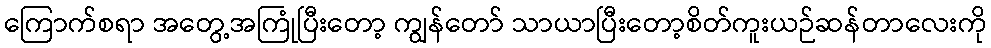
ကြောက်စရာ အတွေ့အကြုံပြီးတော့ ကျွန်တော် သာယာပြီးတော့စိတ်ကူးယဉ်ဆန်တာလေးကို